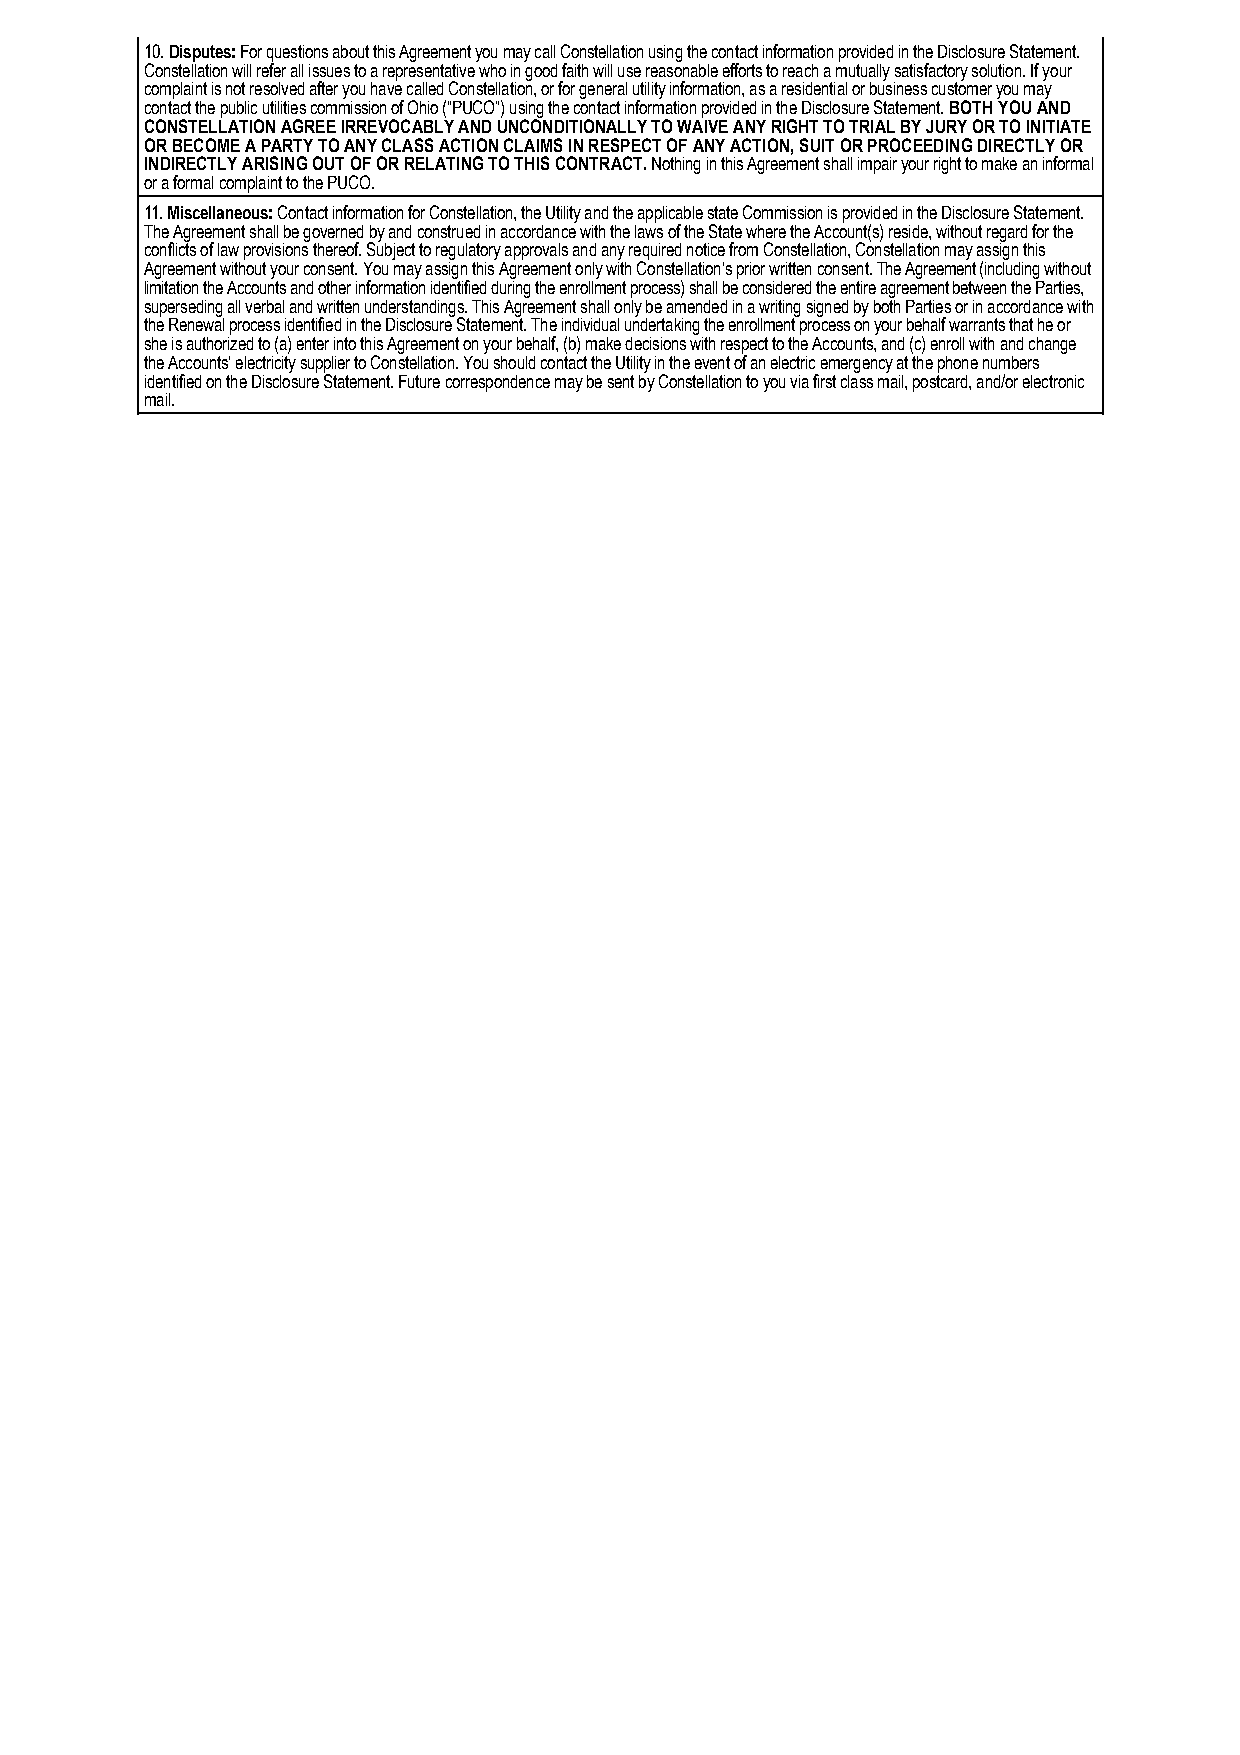
10. Disputes: For questions about this Agreement you may call Constellation using the contact information provided in the Disclosure Statement.
 Constellation will refer all issues to a representative who in good faith will use reasonable efforts to reach a mutually satisfactory solution. If your
 complaint is not resolved after you have called Constellation, or for general utility information, as a residential or business customer you may
 contact the public utilities commission of Ohio (“PUCO”) using the contact information provided in the Disclosure Statement. BOTH YOU AND
 CONSTELLATION AGREE IRREVOCABLY AND UNCONDITIONALLY TO WAIVE ANY RIGHT TO TRIAL BY JURY OR TO INITIATE
 OR BECOME A PARTY TO ANY CLASS ACTION CLAIMS IN RESPECT OF ANY ACTION, SUIT OR PROCEEDING DIRECTLY OR
 INDIRECTLY ARISING OUT OF OR RELATING TO THIS CONTRACT. Nothing in this Agreement shall impair your right to make an informal
 or a formal complaint to the PUCO.
 11. Miscellaneous: Contact information for Constellation, the Utility and the applicable state Commission is provided in the Disclosure Statement.
 The Agreement shall be governed by and construed in accordance with the laws of the State where the Account(s) reside, without regard for the
 conflicts of law provisions thereof. Subject to regulatory approvals and any required notice from Constellation, Constellation may assign this
 Agreement without your consent. You may assign this Agreement only with Constellation’s prior written consent. The Agreement (including without
 limitation the Accounts and other information identified during the enrollment process) shall be considered the entire agreement between the Parties,
 superseding all verbal and written understandings. This Agreement shall only be amended in a writing signed by both Parties or in accordance with
 the Renewal process identified in the Disclosure Statement. The individual undertaking the enrollment process on your behalf warrants that he or
 she is authorized to (a) enter into this Agreement on your behalf, (b) make decisions with respect to the Accounts, and (c) enroll with and change
 the Accounts’ electricity supplier to Constellation. You should contact the Utility in the event of an electric emergency at the phone numbers
 identified on the Disclosure Statement. Future correspondence may be sent by Constellation to you via first class mail, postcard, and/or electronic
 mail.